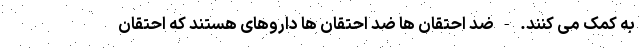
به کمک می کنند. - ضد احتقان ها ضد احتقان ها داروهای هستند که احتقان